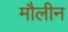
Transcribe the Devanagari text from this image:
मौलीन